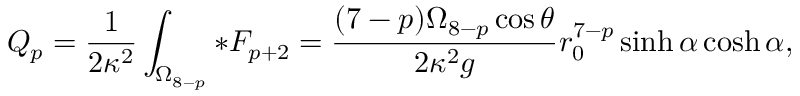
Q _ { p } = \frac { 1 } { 2 \kappa ^ { 2 } } \int _ { \Omega _ { 8 - p } } * F _ { p + 2 } = \frac { ( 7 - p ) \Omega _ { 8 - p } \cos \theta } { 2 \kappa ^ { 2 } g } r _ { 0 } ^ { 7 - p } \sinh \alpha \cosh \alpha ,